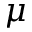
\mu